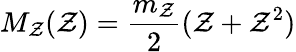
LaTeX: M_{\mathcal{Z}}(\mathcal{Z})=\frac{{m_{\mathcal{Z}}}}{{2}}(\mathcal{Z}+\mathcal{Z}^{2})